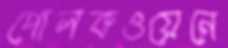
পোলকওয়েনে